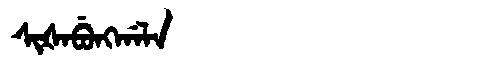
Manchu: ᠰᡳᡧᠠᠪᡠᠩᡤᠠᠯᠠ
Romanization: SIŠABUNGGALA